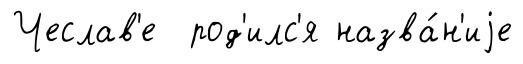
Чеслав'е род'илс'я назва́н'иjе